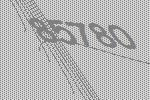
85780